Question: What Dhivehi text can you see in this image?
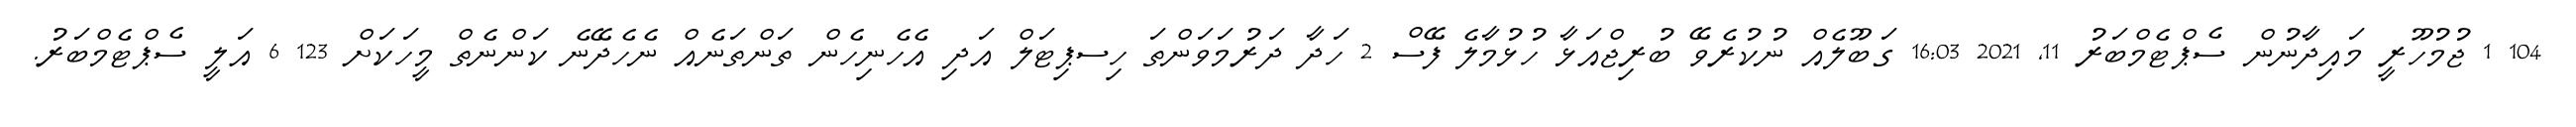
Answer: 104 1 ޖުމުހޫރީ މައިދާނުން ސެޕްޓެމްބަރު 11, 2021 16:03 ގަބޫލެއް ނުކުރެވޭ ބުރިޖްއަޅާ ހުޅުމާލެ ފޭސް 2 ހަދާ ދަރުމަވަންތަ ހިސޕިޓަލް އަދި އެހެނިހެން ތަންތަނެއް ނެހެދޭނެ ކަންނެތް މީހަކަށް 123 6 އަލީ ސެޕްޓެމްބަރު.